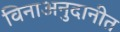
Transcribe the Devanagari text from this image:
विनाअनुदानीत